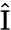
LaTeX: \mathrm{{\hat{I}}}